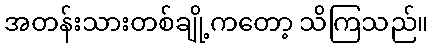
အတန်းသားတစ်ချို့ကတော့ သိကြသည်။